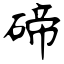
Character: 碲